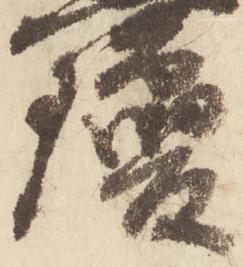
瓊